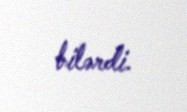
bilərdi.